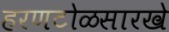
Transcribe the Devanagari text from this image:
हरणटोळसारखे